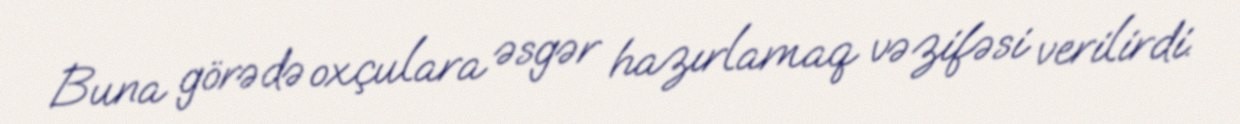
Buna görədə oxçulara əsgər hazırlamaq vəzifəsi verilirdi.